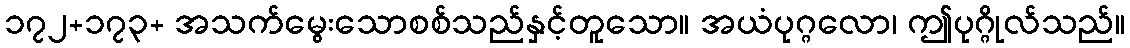
၁၇၂+၁၇၃+ အသက်မွေးသောစစ်သည်နှင့်တူသော။ အယံပုဂ္ဂလော၊ ဤပုဂ္ဂိုလ်သည်။